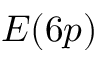
E ( 6 p )